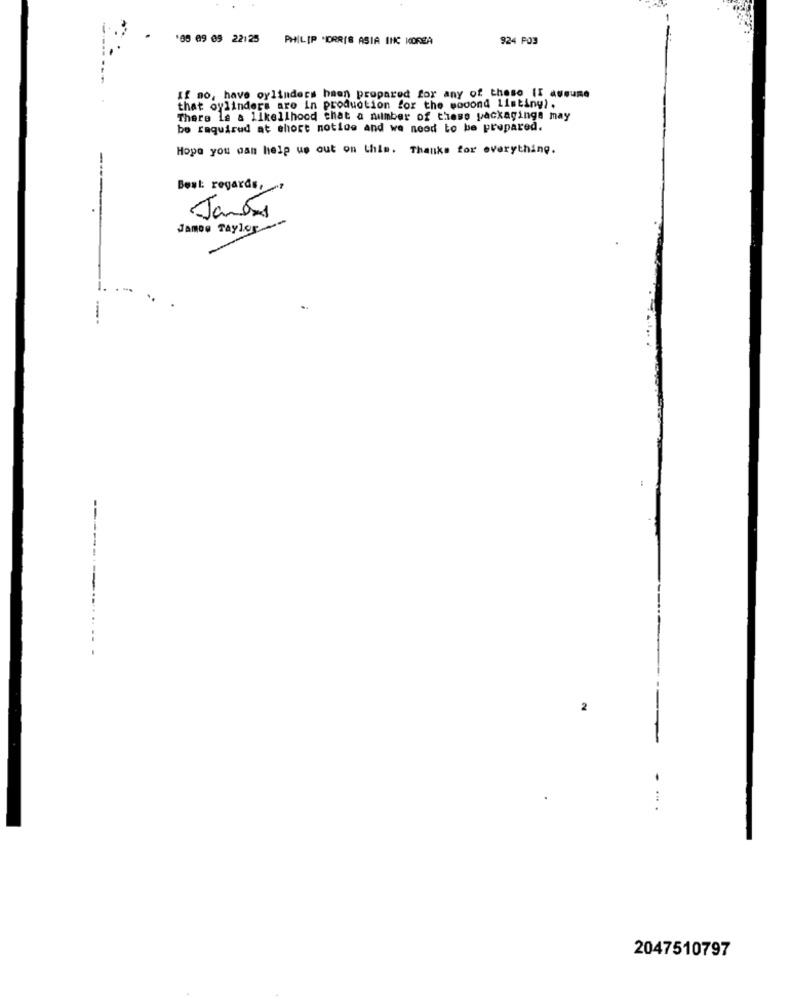
'05 09 09 22:25
PHILIP MORRIS ASIA INC KOREA
924 PO3
If mo, have oylinders haen prepared for any of these [I assume
that cylinders are in production for the wooond listiny).
There la a likelihood that a number of these packaginga may
be required at short notice and we need to be prepared.
Hope you aan help us out on this. Thanks for everything.
Best regards,
Janelas
James Taylor -
--
------
2
...
2047510797